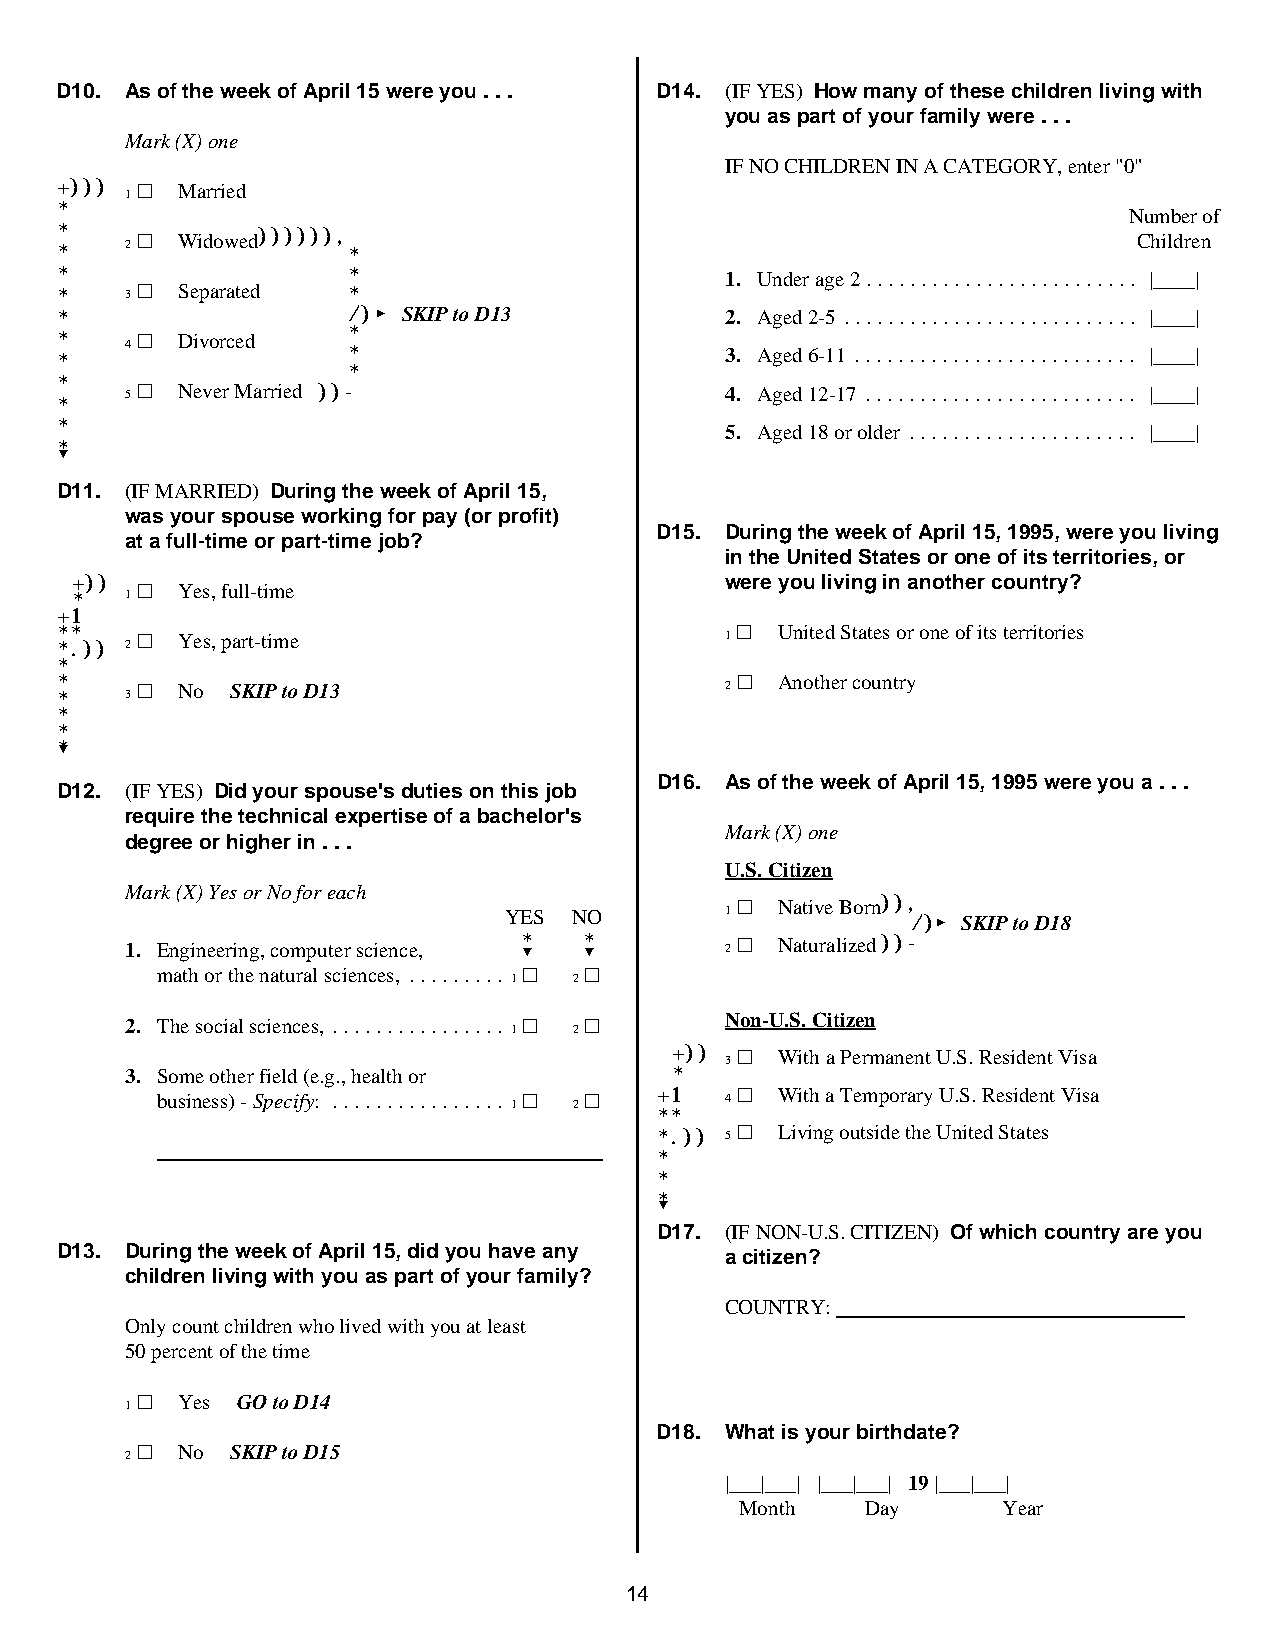
D10. As of the week of April 15 were you . . . D14. (IF YES) How many of these children living with
 you as part of your family were . . .
 Mark (X) one
 IF NO CHILDREN IN A CATEGORY, enter "0"
 +))) 1 ~ Married
 *                                                                      Number of
 *
 *
 2 ~ Widowed) ) ) ) ) ) ,
 *
 Children
 *                  *                        1. Under age 2......................... |____|
 *   3 ~ Separated  *
 *                  /)< SKIP to D13          2. Aged 2-5 ........................... |____|
 *   4 ~ Divorced   *
 *                        3. Aged 6-11 .......................... |____|
 *
 *
 *
 5 ~ Never Ma rr ie d ))-                4. Aged 12-17 ......................... |____|
 *
 *                                           5. Aged 18 or older ..................... |____|
 *?
 D11. (IF MARRIED) During the week of April 15,
 was your spouse working for pay (or profit)
 D15. During the week of April 15, 1995, were you living
 at a full-time or part-time job?
 in the United States or one of its territories, or
 + *)) 1 ~ Yes, full-time                   were you living in another country?
 +1
 * ** .)) 2 ~ Yes, part-time                 1 ~ United States or one of its territories
 *
 * * 3 ~ No YY SKIP to D13                   2 ~ Another country
 *
 *
 *?
 D16. As of the week of April 15, 1995 were you a . . .
 D12. (IF YES) Did your spouse's duties on this job
 require the technical expertise of a bachelor's
 Mark (X) one
 degree or higher in . . .
 U.S. Citizen
 Mark (X) Yes or No for each
 YES  NO        1 ~ Native Born) ) , /)< SKIP to D18
 1. Engineering, computer science, * ? * ? 2 ~ Naturalized))-
 math or the natural sciences, ......... 1 ~ 2 ~
 2. The social sciences, ................ 1 ~ 2 ~ Non-U.S. Citizen
 +)) 3 ~ With a Permanent U.S. Resident Visa
 3. Some other field (e.g., health or *
 business) - Specify: ................ 1 ~ 2 ~ +1 4 ~ With a Temporary U.S. Resident Visa
 **
 *.)) 5 ~ Living outside the United States
 *
 *
 *?
 D17. (IF NON-U.S. CITIZEN) Of which country are you
 D13. During the week of April 15, did you have any a citizen?
 children living with you as part of your family?
 COUNTRY:
 Only count children who lived with you at least
 50 percent of the time
 1 ~ Yes YY GO to D14
 D18. What is your birthdate?
 2 ~ No YY SKIP to D15
 |___|___| |___|___| 19 |___|___|
 Month   Day      Year
 14